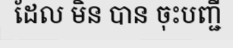
ដែល មិន បាន ចុះបញ្ជី